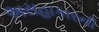
અસહાકારની